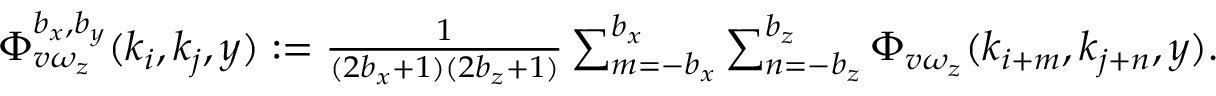
\begin{array} { r } { \Phi _ { v \omega _ { z } } ^ { b _ { x } , b _ { y } } ( k _ { i } , k _ { j } , y ) : = \frac { 1 } { ( 2 b _ { x } + 1 ) ( 2 b _ { z } + 1 ) } \sum _ { m = - b _ { x } } ^ { b _ { x } } \sum _ { n = - b _ { z } } ^ { b _ { z } } \Phi _ { v \omega _ { z } } ( k _ { i + m } , k _ { j + n } , y ) . } \end{array}